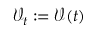
\mathcal { V } _ { t } : = \mathcal { V } ( t )